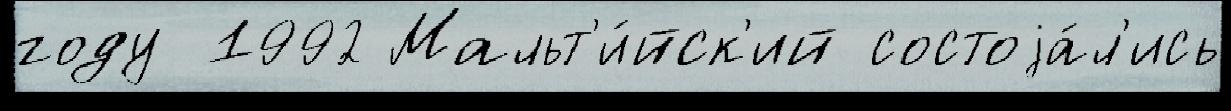
году 1992 Мальт'и́йск'ий состоjа́л'ись